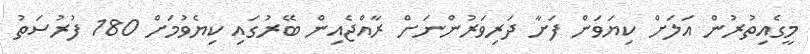
މީގެއިތުރުން އަލަށް ކިޔަވަން ފަށާ ދަރިވަރުންނަށް ރާއްޖެއިން ބޭރުގައި ކިޔެވުމަށް 180 ފުރުސަތު